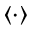
{ \langle \cdot \rangle }